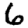
Digit: 6